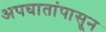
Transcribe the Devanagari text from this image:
अपघातांपासून